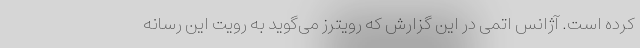
کرده است. آژانس اتمی در این گزارش که رویترز می‌گوید به رویت این رسانه